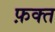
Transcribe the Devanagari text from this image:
फ़क्‍त